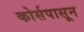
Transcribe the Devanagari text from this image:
कोर्सपासून